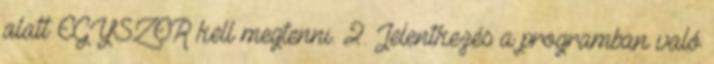
alatt EGYSZER kell megtenni. 2. Jelentkezés a programban való